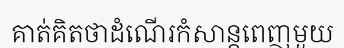
គាត់គិតថាដំណើរកំសាន្តពេញមួយ